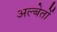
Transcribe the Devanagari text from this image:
अल्बेर्तो